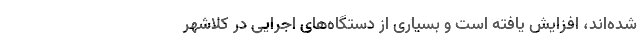
شده‌اند، افزایش یافته است و بسیاری از دستگاه‌های اجرایی در کلاشهر